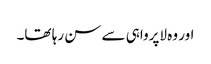
اور وہ لاپرواہی سے سن رہا تھا۔